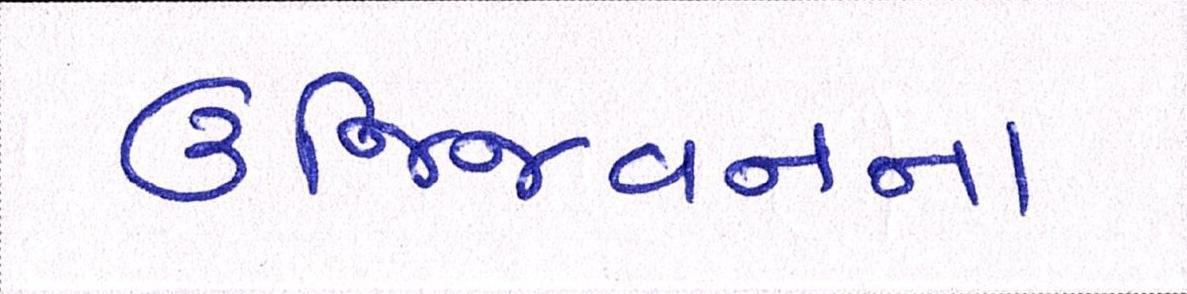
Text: ઉજ્જિવનના